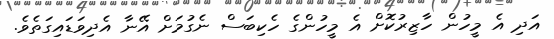
އަދި އެ މީހުން ހާޒިރުކޮށް އެ މީހުންގެ ހެކިބަސް ނެގުމަށް އޭނާ އެދިވަޑައިގަތެވެ.